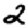
Digit: 2